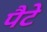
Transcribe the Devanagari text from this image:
पैटे